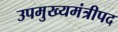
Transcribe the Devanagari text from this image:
उपमुख्यमंत्रीपद